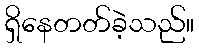
ရှိနေတတ်ခဲ့သည်။